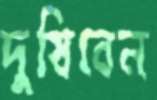
দুষিবেন